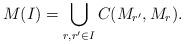
LaTeX: \begin{align*}M(I) = \bigcup_{r,r'\in I}C(M_{r'},M_r).\end{align*}